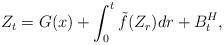
LaTeX: \begin{align*} Z_t = G(x) + \int_0^t \tilde{f}(Z_r)dr + B^H_t,\end{align*}